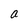
Character: a